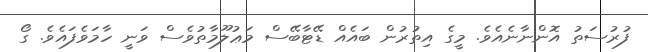
ފުރުސަތު އޮންނާނެއެވެ. މީގެ އިތުރުން ބައެއް ޑޭޓާބޭސް މަޢުލޫމާތުވެސް ވަނީ ހާމަވެފައެވެ. ގޯ